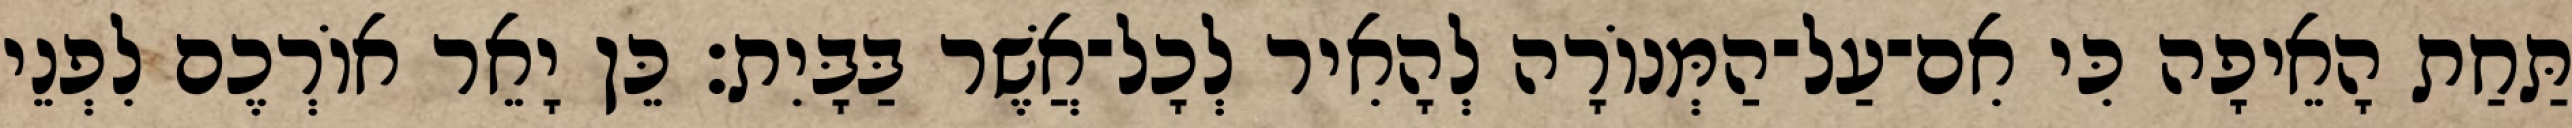
תַּחַת הָאֵיפָה כִּי אִם־עַל־הַמְּנוֹרָה לְהָאִיר לְכָל־אֲשֶׁר בַּבָּיִת׃ כֵּן יָאֵר אוֹרְכֶם לִפְנֵי